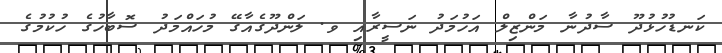
ކަނޑުހުޅުދޫ ސާދުނާ މަންޒިލް އަހުމަދު ނަސީރާއި ވ. ލަންދޫގެއާގޭ މުހައްމަދު ސޮބާހުގެ ހުކުމުގެ